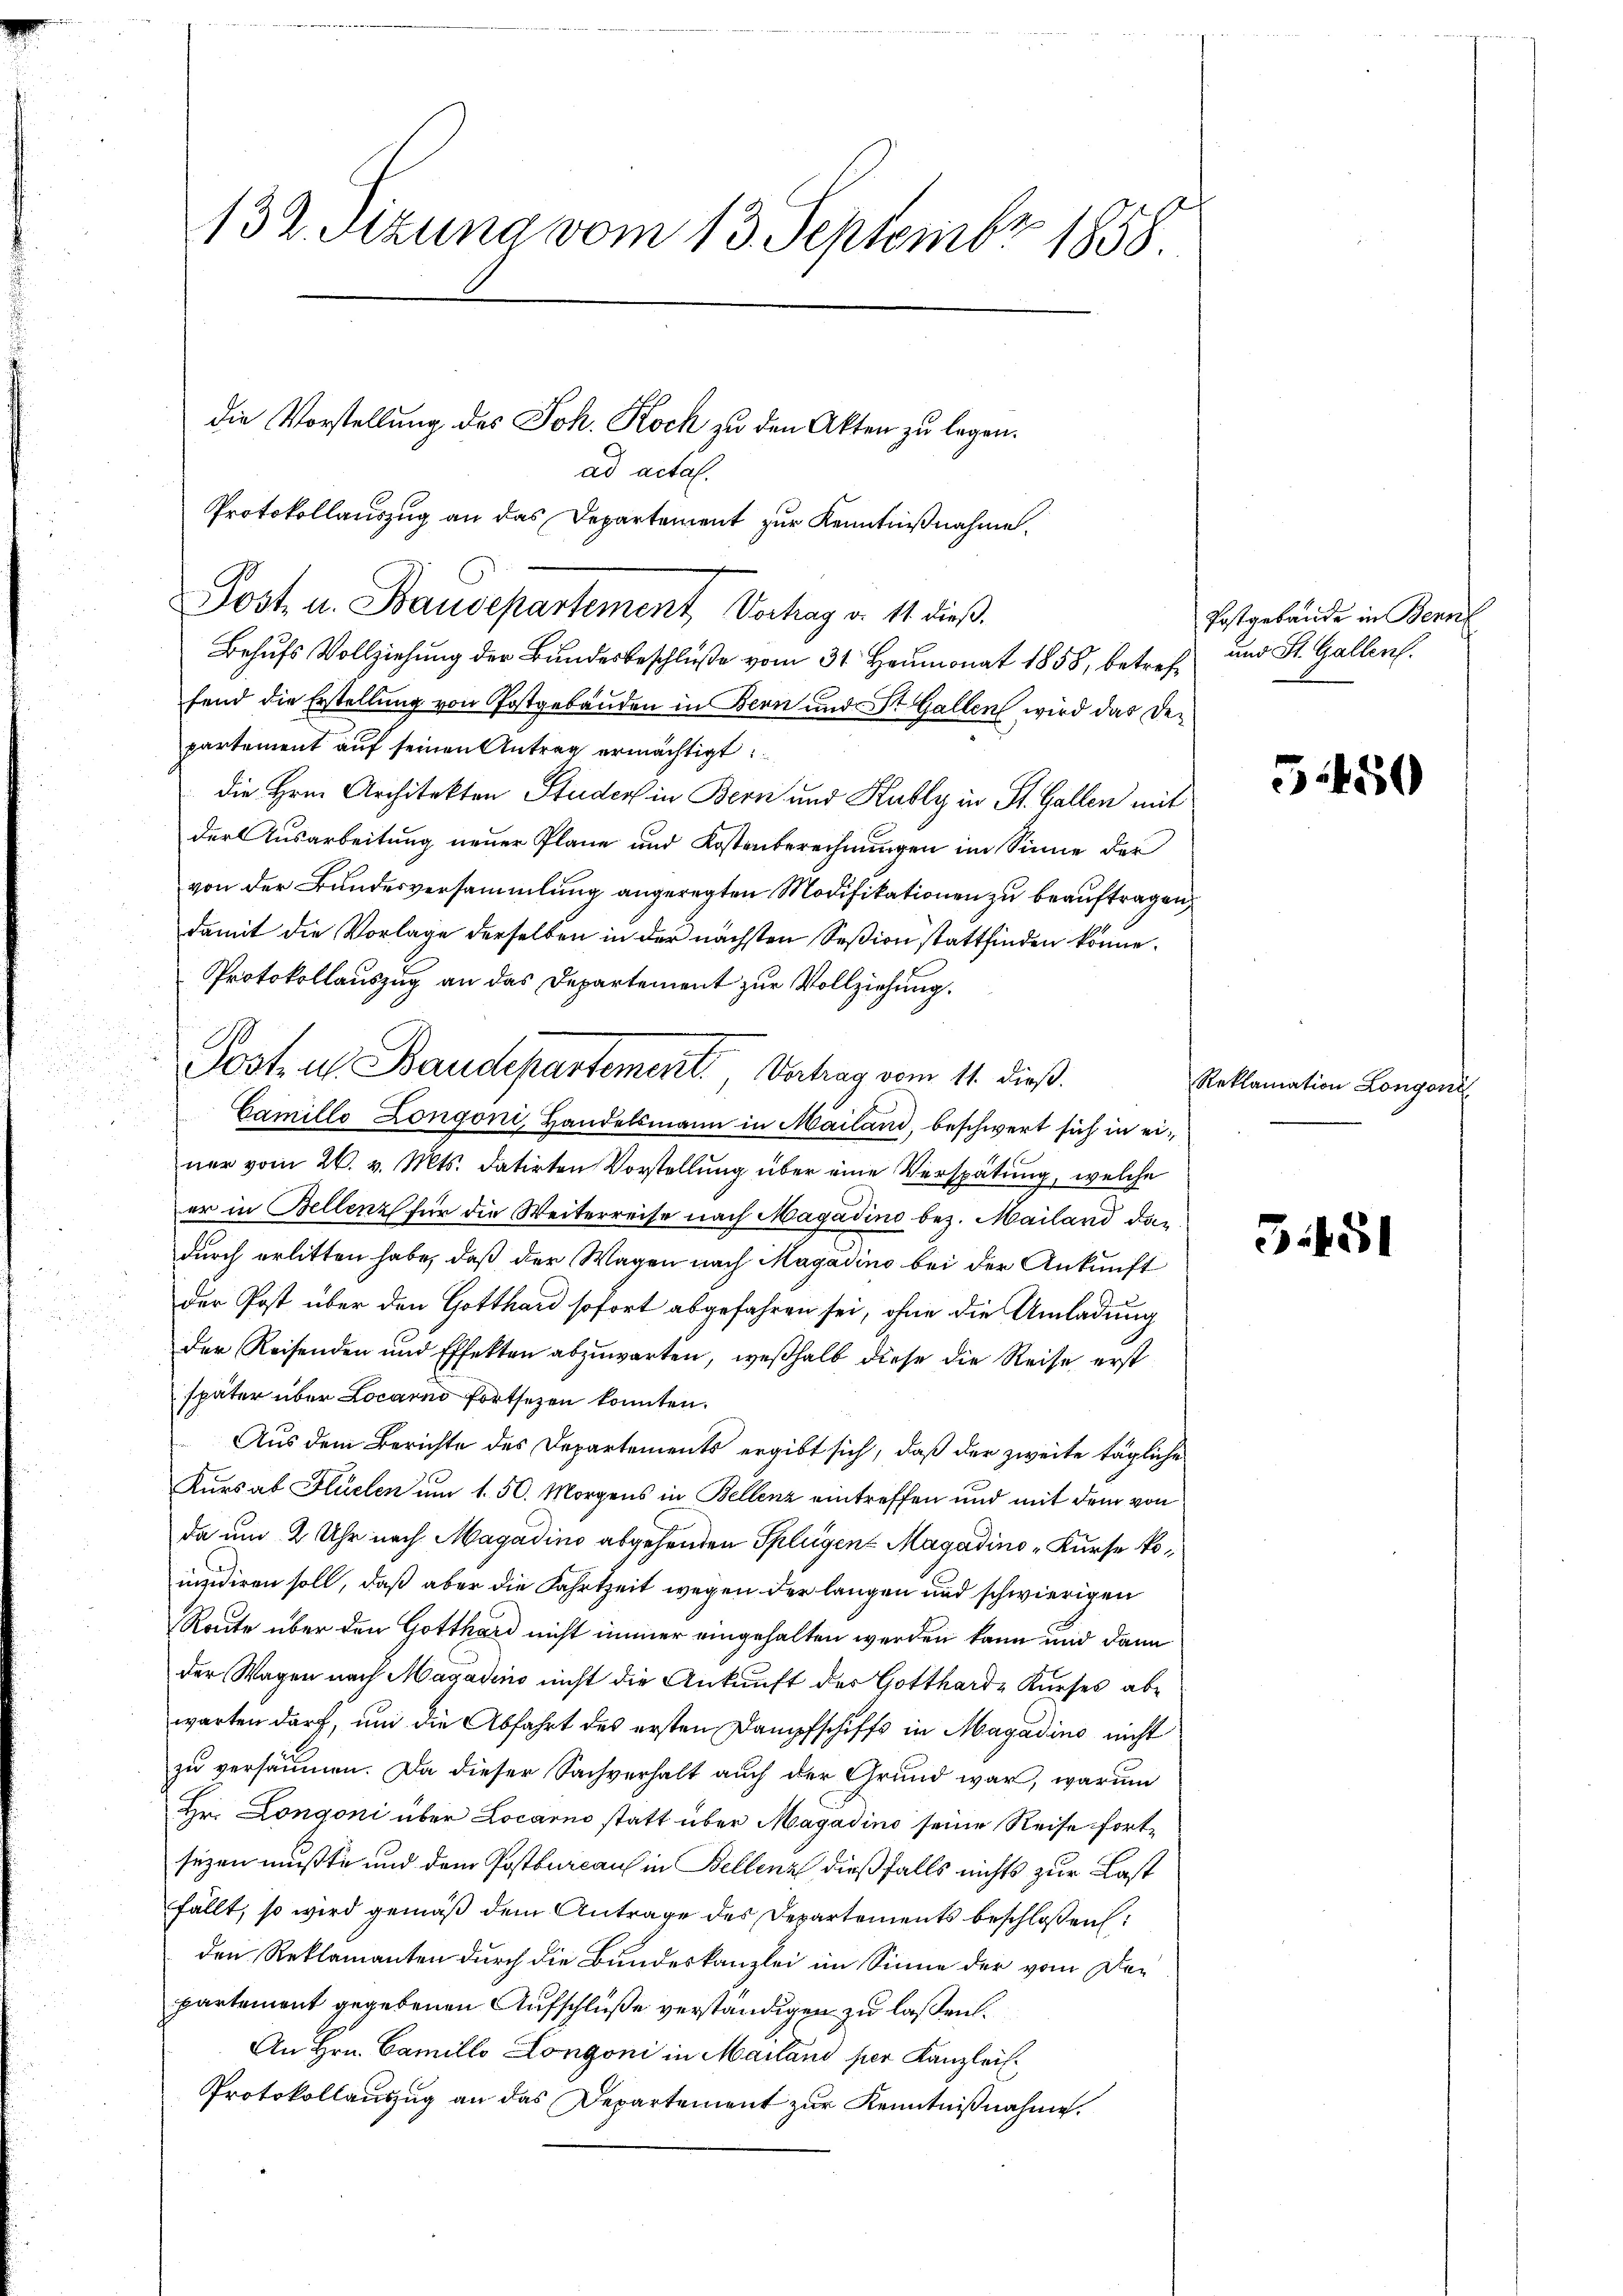
132. Sizung vom 13. Septembr 1858
die Vorstellung des Joh. Koch zu den Akten zu legen.
ad actal.
Protokollauszug an das Departement zur Kenntnißnahme.

Post u. Staudepartement, Vorhag v. 11. dieß.

Behufs Vollziehung der Bundesbeschluße vom 31. Heumonat 1858, betreffend die Erstellung von Postgebäuden in Bern und St. Gallen wird das Departement auf seinen Antrag ermächtigt
die Hrn. Architekten Studers in Bern und Kubly in St. Gallen mit
der Ausarbeitung neuer Plane und Kostenberechnungen im Sinne der
von der Bundesversammlung angeregten Modifikationen zu beauftragen,
damit die Vorlage derselben in der nächsten Seßion stattfinden könne.
Protokollauszug an das Departement zur Vollziehung.
.
Camillo Longoni, Handelsmann in Mailand, beschwert sich in einer vom 26. v. Mts. datirten Vorstellung über eine Verspätung, welche
er in Bellenz für die Weiterreise nach Magadino bez. Mailand das
durch erlitten habe, daß der Wagen nach Magadino bei der Ankunft
der Post über den Gotthard sofort abgefahren sei, ohne die Umladung
der Reisenden und Effekten abzuwarten, weßhalb diese die Reise erst
später über Locarno fortsezen konnten.
Aus dem Berichte des Departements ergibt sich, daß der zweite tägliche
Kurs ab Hlüelen um 1. 50. Morgens in Bellenz eintreffen und mit dem von
da um 2 Uhr nach Magadino abgehenden Splügen Magadino „Kurse kouidiren soll, daß aber die Fahrtzeit wegen der langen und schwierigen
Route über den Gotthard nicht immer eingehalten werden kann und dann
der Wagen nach Magadino nicht die Ankunft des Gotthard Kurses abe
warten darf, und die Abfahrt des ersten Dampfschiffs in Magadino nicht
zu versäumen. Da dieser Sachverhalt auch der Grund war, warum
Hr. Longoni über Locarno statt über Magadino seine Reise fortsezen müßte und dem Postbureau in Bellenz dießfalls nichts zur Last
fällt, so wird gemäß dem Antrage des Departements beschloßen:
den Reklamanten durch die Bundeskanzlei im Sinne der vom Departement gegebenen Aufschlüße verständigen zu laßen.
An Hrn. Camillo Longoni in Mailand per Kanzlei
Protokollauszug an das Departement zur Kenntnißnahme.

Poste u. Baudepartement, Vertrag vom 11. dieß.

Postgebäude in Bern
und St. Gallen.

Reklag

5450

5451

tion Longoni